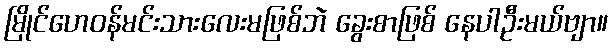
မြိုင်ဟေဝန်မင်းသားလေးမဖြစ်ဘဲ ခွေးစာဖြစ် နေပါဦးမယ်ဗျာ။